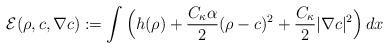
LaTeX: \begin{align*}\mathcal{E}(\rho,c,\nabla c):= \int\Big( h(\rho) + \frac{C_\kappa \alpha}{2} (\rho - c )^2 + \frac{C_\kappa}{2}|\nabla c|^2\Big)\, dx\end{align*}